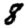
Digit: 8